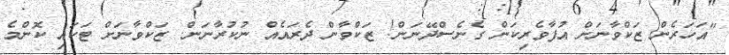
"އަހަރެން ޒަކްވާނަށް އުފާވެރިކަން ގެނެސްދޭނަން! ޒަކްވާން ދެރައެއް ނުކުރާނަން. ޒަކްވާނަށް ޓަކައި ކޮންމެ